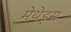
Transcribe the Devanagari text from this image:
मेथेड्स